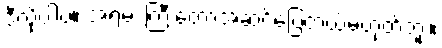
ဒီလိုပါပဲ။ အရမ်း ကြီးတော့အဆင်ပြေတယ်မဟုတ်ဘူး။